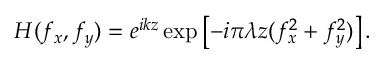
H ( f _ { x } , f _ { y } ) = e ^ { i k z } \exp \left[ - i \pi \lambda z ( f _ { x } ^ { 2 } + f _ { y } ^ { 2 } ) \right] .